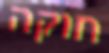
חוקה